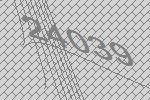
24039